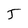
Character: 5